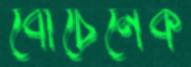
বোচেনেক